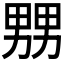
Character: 𤲶